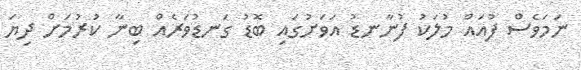
ނަމަވެސް ފުއައް މުލަކު ފުނާނޑު އަވަށުގައި ބޮޑު ގަނޑުވަރެއް ބިނާ ކުރުމަށް ދިޔަ